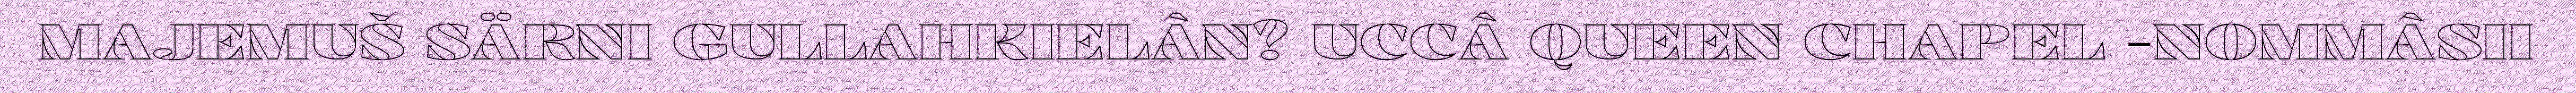
MAJEMUŠ SÄRNI GULLAHKIELÂN? UCCÂ QUEEN CHAPEL -NOMMÂSII